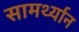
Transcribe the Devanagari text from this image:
सामर्थ्‍यान